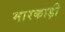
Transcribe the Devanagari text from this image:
मारकाड़ी